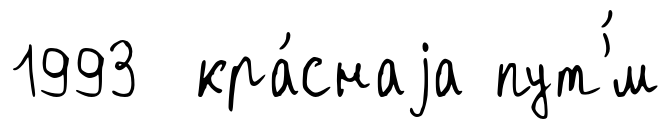
1993 кра́снаjа пут'́м